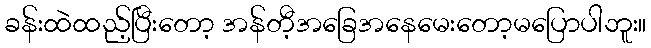
ခန်းထဲထည့်ပြီးတော့ အန်တီ့အခြေအနေမေးတော့မပြောပါဘူး။